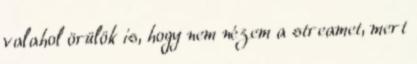
valahol örülök is, hogy nem nézem a streamet, mert